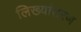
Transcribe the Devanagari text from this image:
लिख्यांतरण